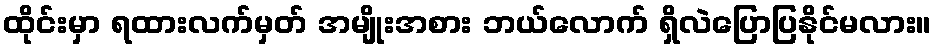
ထိုင်းမှာ ရထားလက်မှတ် အမျိုးအစား ဘယ်လောက် ရှိလဲပြောပြနိုင်မလား။